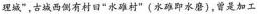
理城”，古城西侧有村田“水雄村” (水难即水磨)，曾是加工